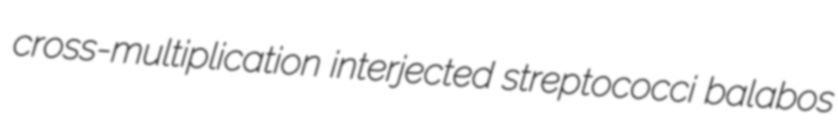
cross-multiplication interjected streptococci balabos